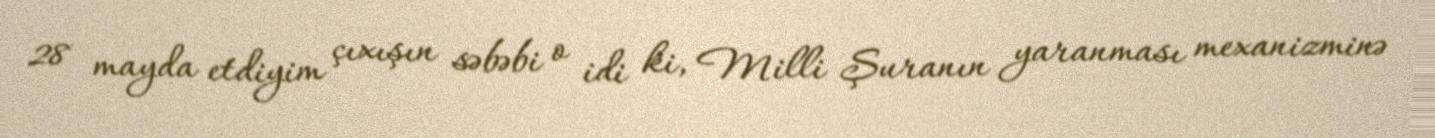
28 mayda etdiyim çıxışın səbəbi o idi ki, Milli Şuranın yaranması mexanizminə